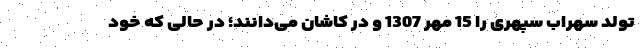
تولد سهراب سپهری را 15 مهر 1307 و در کاشان می‌دانند؛ در حالی که خود